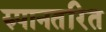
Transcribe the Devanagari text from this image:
रुपानतरित